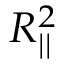
R _ { | | } ^ { 2 }